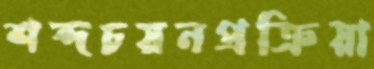
শব্দচয়নপ্রক্রিয়া